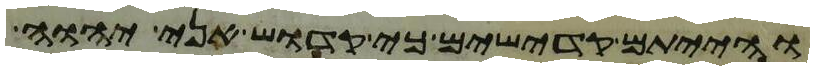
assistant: והייתם קדישים כי קדוש אני יהוה